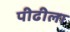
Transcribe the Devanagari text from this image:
पीढीला